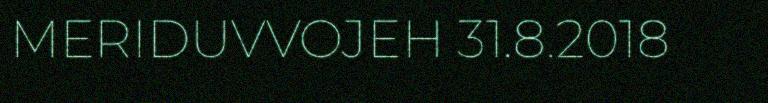
MERIDUVVOJEH 31.8.2018